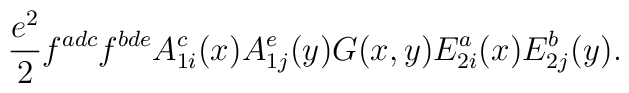
{e^2\over 2} f^{adc}f^{bde}A^c_{1i}(x)A^e_{1j}(y)G(x,y)E^a_{2i}(x)E^b_{2j}(y).